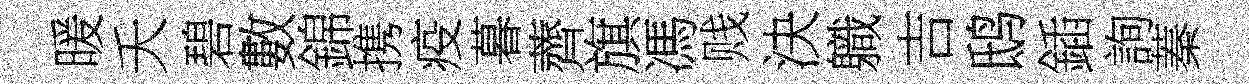
暖夭碧數錦携疫暮薺旗馮贱決軄吉鸱鍤詢蓁